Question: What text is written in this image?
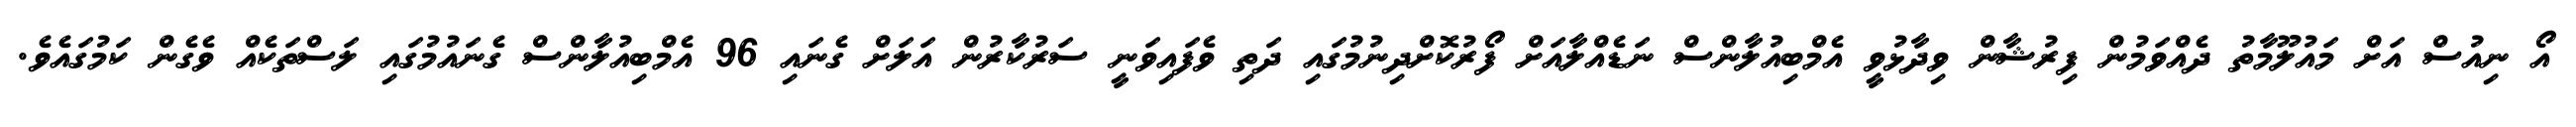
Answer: އޯ ނިއުސް އަށް މައުލޫމާތު ދެއްވަމުން ފިރުޝާން ވިދާޅުވީ އެމްބިއުލާންސް ނަޑެއްލާއަށް ފޯރުކޮށްދިނުމުގައި ދަތި ވެފައިވަނީ ސަރުކާރުން އަލަށް ގެނައި 96 އެމްބިއުލާންސް ގެނައުމުގައި ލަސްތަކެއް ވެގެން ކަމުގައެވެ.